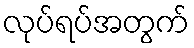
လုပ်ရပ်အတွက်